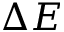
\Delta E